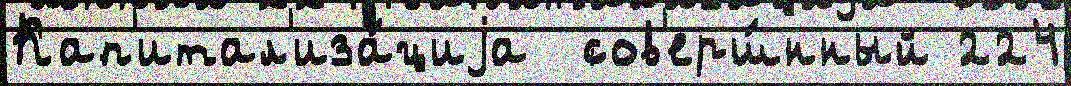
Кап'итал'иза́циjа  сов'ерш́нный 224